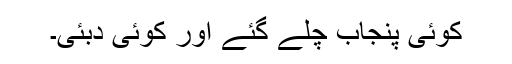
کوئی پنجاب چلے گئے اور کوئی دبئی۔